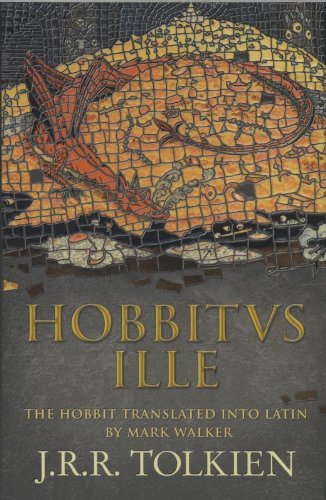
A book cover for Hobbitus Ille: The Latin Hobbit; J. R. R. Tolkien; Science Fiction & Fantasy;